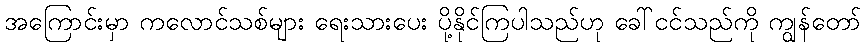
အကြောင်းမှာ ကလောင်သစ်များ ရေးသားပေး ပို့နိုင်ကြပါသည်ဟု ခေါ်ငင်သည်ကို ကျွန်တော်